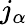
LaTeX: j_{\alpha}